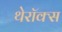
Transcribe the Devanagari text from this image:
थेरॉक्स